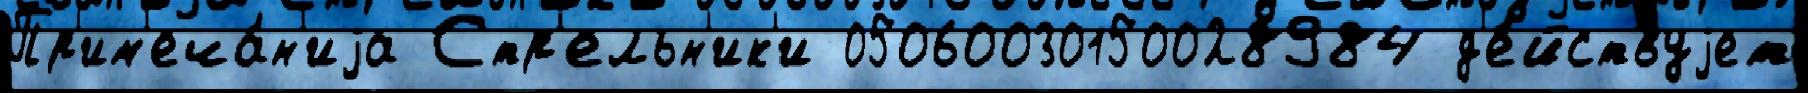
Пр'им'еча́н'иjа Стр'ельн'ик'и 05060030150028984 д'е́йствуjет